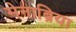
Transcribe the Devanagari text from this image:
मेनाब्रिया